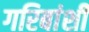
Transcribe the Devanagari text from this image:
गरिबांशी